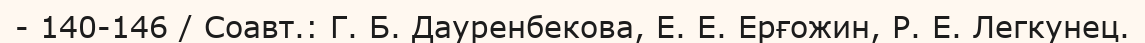
- 140-146 / Соавт.: Г. Б. Дауренбекова, Е. Е. Ерғожин, Р. Е. Легкунец.